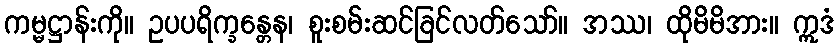
ကမ္မဋ္ဌာန်းကို။ ဥပပရိက္ခန္တေန၊ စူးစမ်းဆင်ခြင်လတ်သော်။ အဿ၊ ထိုမိမိအား။ ဣဒံ